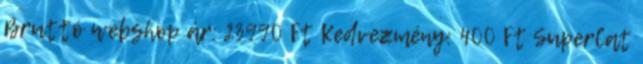
Bruttó webshop ár: 23990 Ft Kedvezmény: 400 Ft SuperCat